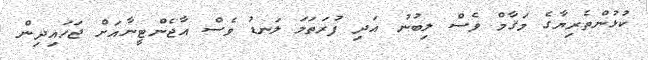
ކުޅުންތެރިޔާގެ މަޤާމް ވެސް ލިބުނު އަދި ފުރަތަމަ ލަނޑު ވެސް އާޖެންޓީނާއަށް ޖަހައިދިން